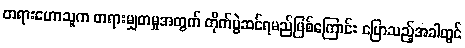
တရားဟောသူက တရားမျှတမှုအတွက် တိုက်ပွဲဆင်ရမည်ဖြစ်ကြောင်း ပြောသည့်အခါတွင်